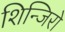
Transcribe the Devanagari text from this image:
शिन्जिरो